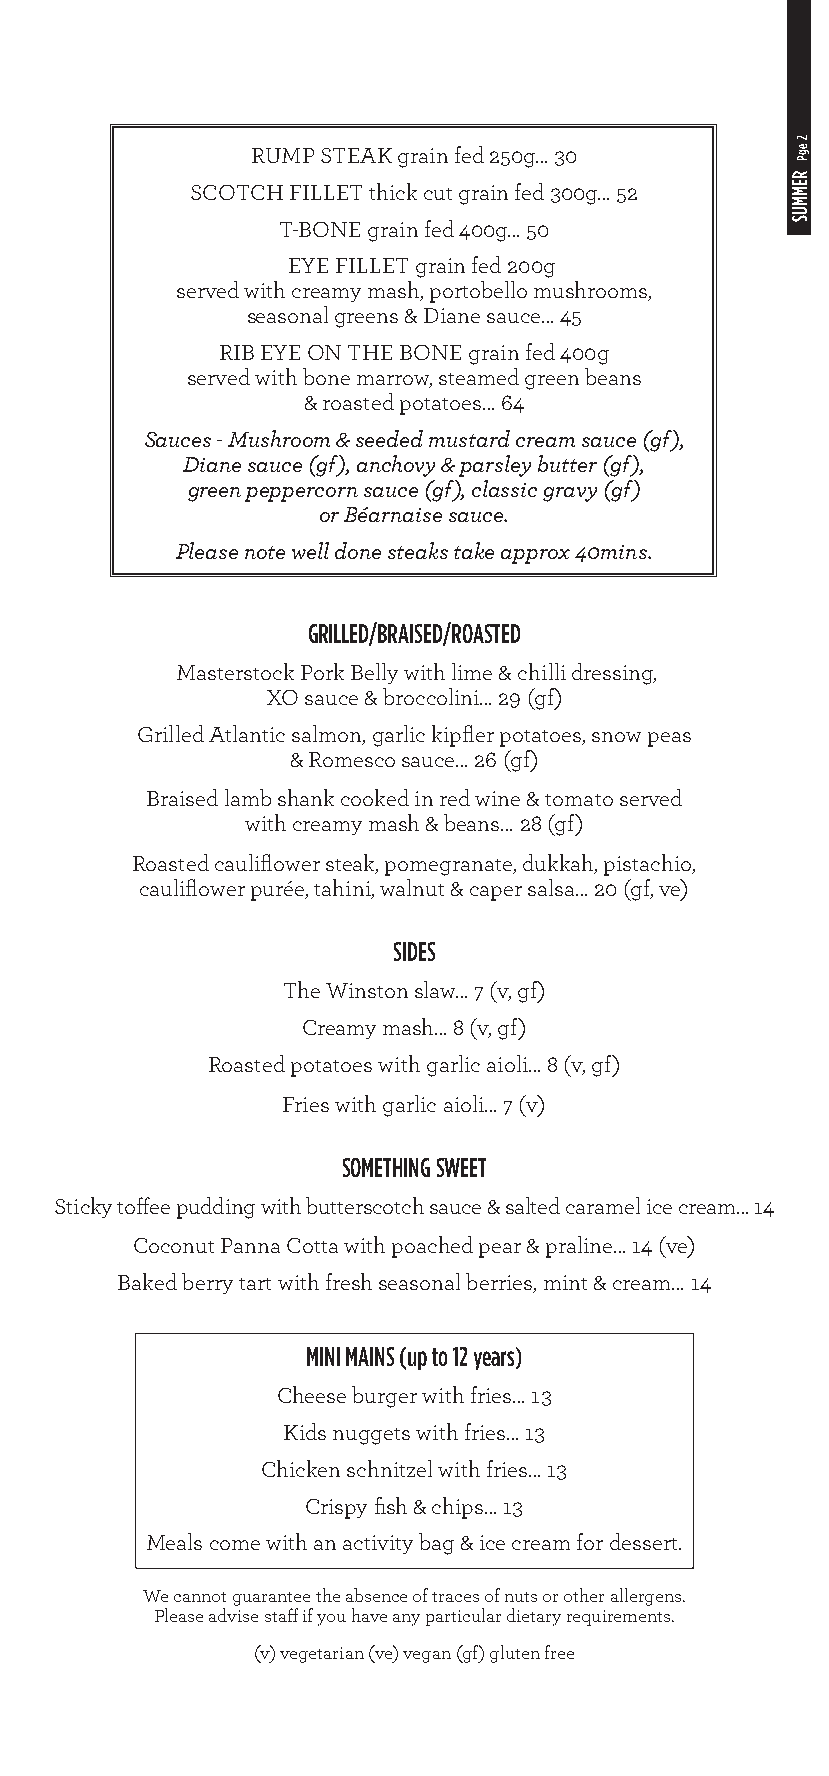
RUMP STEAK grain fed 250g… 30
 SCOTCH FILLET thick cut grain fed 300g… 52
 T-BONE grain fed 400g… 50
 EYE FILLET grain fed 200g
 served with creamy mash, portobello mushrooms,
 seasonal greens & Diane sauce… 45
 RIB EYE ON THE BONE grain fed 400g
 served with bone marrow, steamed green beans
 & roasted potatoes… 64
 Sauces - Mushroom & seeded mustard cream sauce (gf),
 Diane sauce (gf), anchovy & parsley butter (gf),
 green peppercorn sauce (gf), classic gravy (gf)
 or Béarnaise sauce.
 Please note well done steaks take approx 40mins.
 GRILLED/BRAISED/ROASTED
 Masterstock Pork Belly with lime & chilli dressing,
 XO sauce & broccolini… 29 (gf)
 Grilled Atlantic salmon, garlic kipfler potatoes, snow peas
 & Romesco sauce… 26 (gf)
 Braised lamb shank cooked in red wine & tomato served
 with creamy mash & beans… 28 (gf)
 Roasted cauliflower steak, pomegranate, dukkah, pistachio,
 cauliflower purée, tahini, walnut & caper salsa… 20 (gf, ve)
 SIDES
 The Winston slaw… 7 (v, gf)
 Creamy mash… 8 (v, gf)
 Roasted potatoes with garlic aioli… 8 (v, gf)
 Fries with garlic aioli… 7 (v)
 SOMETHING SWEET
 Sticky toffee pudding with butterscotch sauce & salted caramel ice cream… 14
 Coconut Panna Cotta with poached pear & praline… 14 (ve)
 Baked berry tart with fresh seasonal berries, mint & cream… 14
 MINI MAINS (up to 12 years)
 Cheese burger with fries… 13
 Kids nuggets with fries… 13
 Chicken schnitzel with fries… 13
 Crispy fish & chips… 13
 Meals come with an activity bag & ice cream for dessert.
 We cannot guarantee the absence of traces of nuts or other allergens.
 Please advise staff if you have any particular dietary requirements.
 (v) vegetarian (ve) vegan (gf) gluten free
 2
 egP
 REMMUS